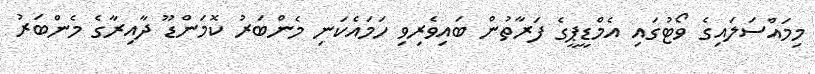
މިމައްސަލައިގެ ވޯޓުގައި އެމްޑީޕީގެ ފަރާތުން ބައިވެރިވި ހަމައެކަނި މެންބަރު ކޮމަންޑޫ ދާއިރާގެ މެންބަރު